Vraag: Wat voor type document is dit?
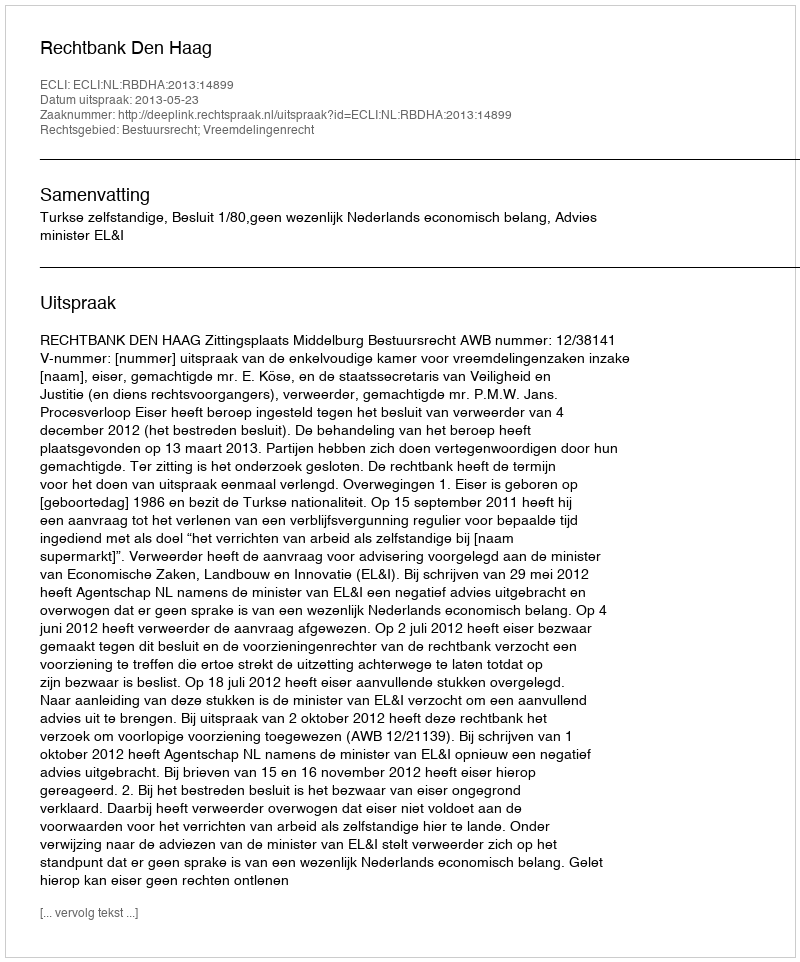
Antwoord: Uitspraak